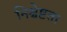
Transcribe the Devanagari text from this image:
निश्चेष्टता